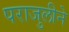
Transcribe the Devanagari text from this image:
पराजुलीने